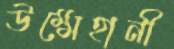
উম্মেহানী